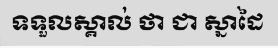
ទទួលស្គាល់ ថា ជា ស្នាដៃ